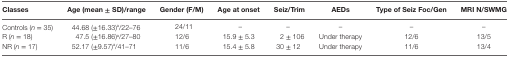
<table><thead><tr><td><b>Classes</b></td><td><b>Age (mean ± SD)/range</b></td><td><b>Gender (F/M)</b></td><td><b>Age at onset</b></td><td><b>Seiz/Trim</b></td><td><b>AEDs</b></td><td><b>Type of Seiz Foc/Gen</b></td><td><b>MRI N/SWMG</b></td></tr></thead><tbody><tr><td>Controls (<i>n</i> = 35)</td><td>44.68 (±16.33)<sup>a</sup>/22–76</td><td>24/11</td><td>–</td><td>–</td><td>–</td><td>–</td><td>–</td></tr><tr><td>R (<i>n</i> = 18)</td><td>47.5 (±16.86)<sup>a</sup>/27–80</td><td>12/6</td><td>15.9 ± 5.3</td><td>2 ± 106</td><td>Under therapy</td><td>12/6</td><td>13/5</td></tr><tr><td>NR (<i>n</i> = 17)</td><td>52.17 (±9.57)<sup>a</sup>/41–71</td><td>11/6</td><td>15.4 ± 5.8</td><td>30 ± 12</td><td>Under therapy</td><td>11/6</td><td>13/4</td></tr></tbody></table>